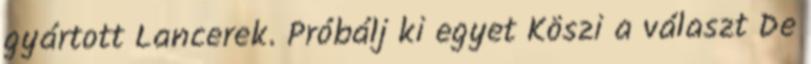
gyártott Lancerek. Próbálj ki egyet Köszi a választ De